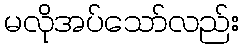
မလိုအပ်သော်လည်း